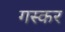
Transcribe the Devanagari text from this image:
गस्कर